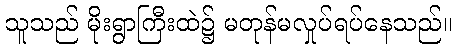
သူသည် မိုးရွာကြီးထဲ၌ မတုန်မလှုပ်ရပ်နေသည်။